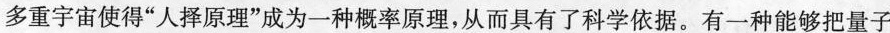
多重宇宙使得”人择原理”成为一种概率原理，从而具有了科学依据。有一种能够把量子